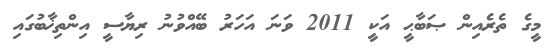
މީގެ ތެރެއިން ޞަބާޙީ އަކީ 2011 ވަނަ އަހަރު ބޭއްވުނު ރިޔާސީ އިންތިޚާބުގައި